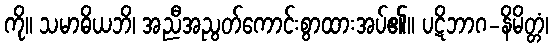
ကို။ သမာဓိယဘိ၊ အညီအညွတ်ကောင်းစွာထားအပ်၏။ ပဋိဘာဂ-နိမိတ္တံ၊